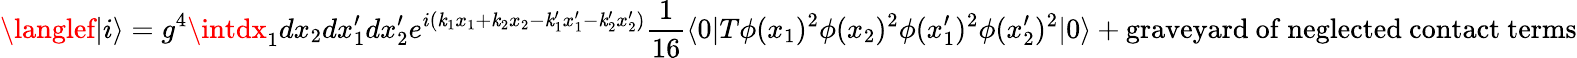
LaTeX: \langlef|i\rangle=g^{4}\intdx_{1}dx_{2}dx_{1}^{\prime}dx_{2}^{\prime}e^{i(\mathit{k}_{1}x_{1}+\mathit{k}_{2}x_{2}-\mathit{k}_{1}^{\prime}x_{1}^{\prime}-\mathit{k}_{2}^{\prime}x_{2}^{\prime})}\frac{{1}}{{16}}\langle0|T\phi(x_{1})^{2}\phi(x_{2})^{2}\phi(x_{1}^{\prime})^{2}\phi(x_{2}^{\prime})^{2}|0\rangle+\mathrm{{graveyard~of~neglected~contact~terms}}